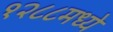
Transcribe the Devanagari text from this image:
१२८८मध्ये